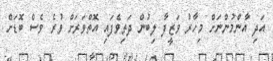
އަދި އާންމުންނަށް މިހާރު ވަޒީފާ ލިބުން ދަތިވެފައި އޮތްވަރަށް ވުރެ ވެސް ބޮޑަށް